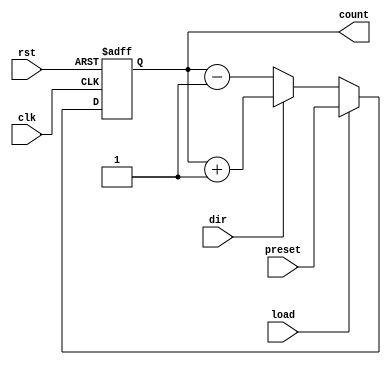
module sync_load_counter (
    input wire clk,            // Clock signal
    input wire rst,            // Asynchronous reset (active high)
    input wire load,           // Load signal (active high)
    input wire dir,            // Direction signal (1 = up, 0 = down)
    input wire [7:0] preset,   // Preset value (8-bit width)
    output reg [7:0] count     // Current count value (8-bit width)
);

    // Always block triggered on rising edge of the clock
    always @(posedge clk or posedge rst) begin
        if (rst) begin
            // Reset the counter to zero
            count <= 8'b0;
        end else if (load) begin
            // Load the preset value into the counter
            count <= preset;
        end else begin
            // Count up or down based on the direction signal
            if (dir) begin
                // Increment operation
                count <= count + 1;
            end else begin
                // Decrement operation
                count <= count - 1;
            end
        end
    end

endmodule